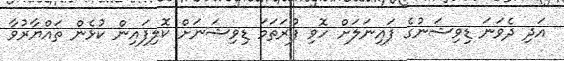
އަދި ދެވަނަ ޑިވިޝަނުގެ ފައިނަލަށް ހޮވި ފުރަތަމަ ޑިވިޝަނަށް ކޮލިފައިން ކުޅެން ތައްޔާރުވާ